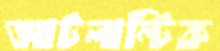
আটলান্টিক